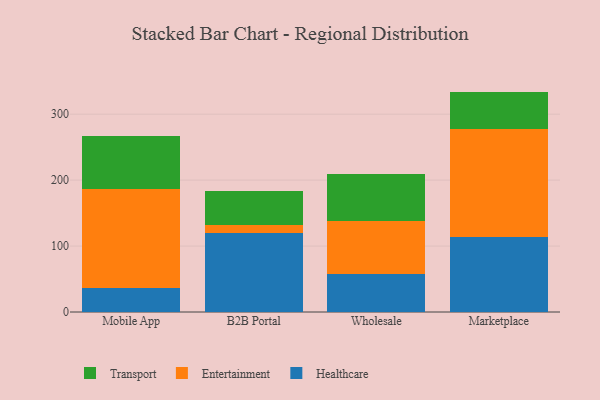
{"axis": {"x": "Channel", "y": "Waste Production (Tons)"}, "legend": ["Entertainment", "Healthcare", "Transport"], "data": [{"x": "Mobile App", "y": 36.2, "type": "Healthcare"}, {"x": "Mobile App", "y": 150.4, "type": "Entertainment"}, {"x": "Mobile App", "y": 80.7, "type": "Transport"}, {"x": "B2B Portal", "y": 120.5, "type": "Healthcare"}, {"x": "B2B Portal", "y": 11.7, "type": "Entertainment"}, {"x": "B2B Portal", "y": 51.4, "type": "Transport"}, {"x": "Wholesale", "y": 57.9, "type": "Healthcare"}, {"x": "Wholesale", "y": 79.7, "type": "Entertainment"}, {"x": "Wholesale", "y": 72.4, "type": "Transport"}, {"x": "Marketplace", "y": 114.3, "type": "Healthcare"}, {"x": "Marketplace", "y": 162.7, "type": "Entertainment"}, {"x": "Marketplace", "y": 57.2, "type": "Transport"}]}